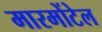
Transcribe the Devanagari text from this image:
मारमोंटेल